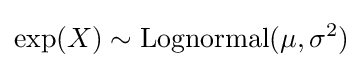
\exp(X)\sim \operatorname {Lognormal} (\mu ,\sigma ^{2})